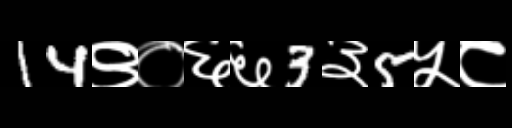
Text: 14९०६६3३5५८